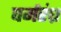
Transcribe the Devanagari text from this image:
घर्मरंध्र